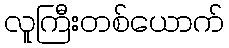
လူကြီးတစ်ယောက်